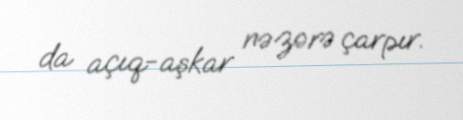
da açıq-aşkar nəzərə çarpır.